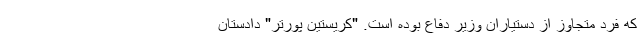
که فرد متجاوز از دستیاران وزیر دفاع بوده است. "کریستین پورتر" دادستان